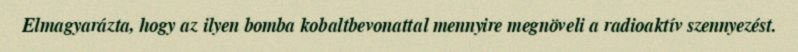
Elmagyarázta, hogy az ilyen bomba kobaltbevonattal mennyire megnöveli a radioaktív szennyezést.